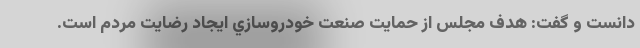
دانست و گفت: هدف مجلس از حمايت صنعت خودروسازي ايجاد رضايت مردم است.